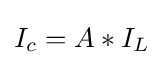
I_{c}=A*I_{L}